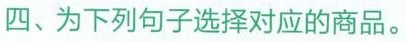
四、为下列句子选择对应的商品。